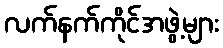
လက်နက်ကိုင်အဖွဲ့များ